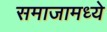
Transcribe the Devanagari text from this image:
समाजामध्‍ये